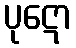
ပုဋော